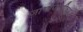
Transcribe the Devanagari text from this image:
जागोजागीच्या